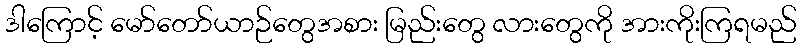
ဒါကြောင့် မော်တော်ယာဉ်တွေအစား မြည်းတွေ လားတွေကို အားကိုးကြရမည်